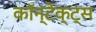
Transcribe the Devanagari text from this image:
कॉन्टेक्ट्स